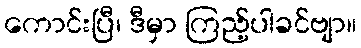
ကောင်းပြီ၊ ဒီမှာ ကြည့်ပါခင်ဗျာ။